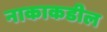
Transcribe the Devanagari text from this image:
नाकाकडील